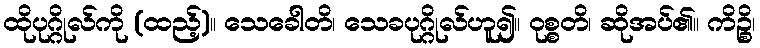
ထိုပုဂ္ဂိုလ်ကို (ထည့်)။ သေခေါတိ၊ သေခပုဂ္ဂိုလ်ဟူ၍။ ဝုစ္စတိ၊ ဆိုအပ်၏။ ကိဉ္စိ၊